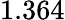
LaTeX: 1.364